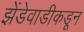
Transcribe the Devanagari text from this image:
झेंडेवाडीकडून